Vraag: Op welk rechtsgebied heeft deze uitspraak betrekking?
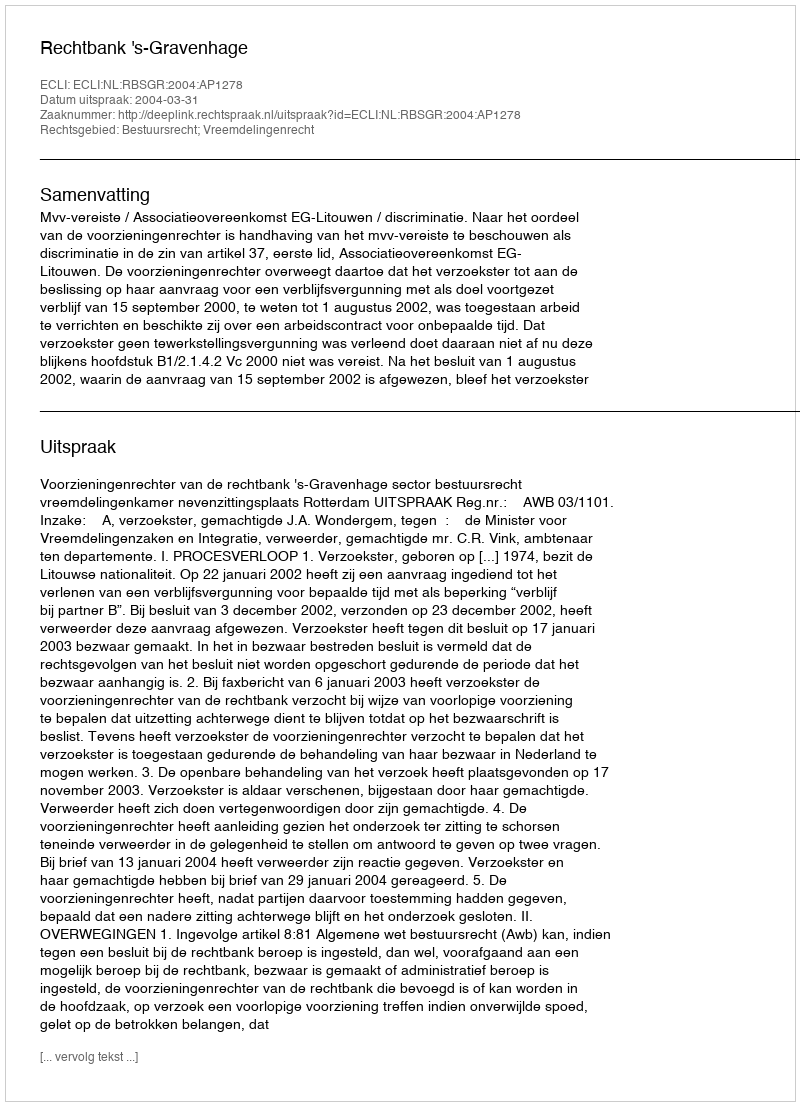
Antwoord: Bestuursrecht; Vreemdelingenrecht